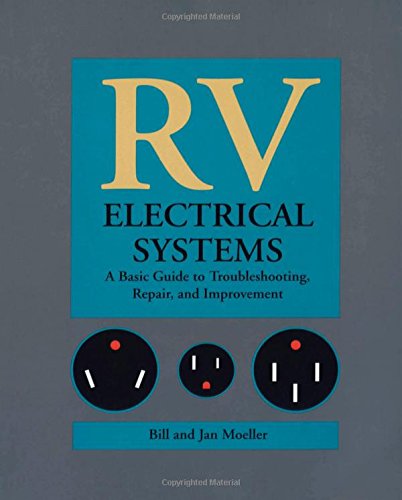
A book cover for RV Electrical Systems: A Basic Guide to Troubleshooting, Repairing and Improvement; Bill Moeller; Engineering & Transportation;